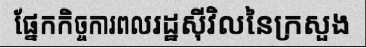
ផ្នែកកិច្ចការពលរដ្ឋស៊ីវិលនៃក្រសួង